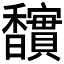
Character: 𮩱